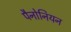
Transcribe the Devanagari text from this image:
पैनोनियन